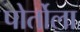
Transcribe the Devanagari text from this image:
पोर्तोला